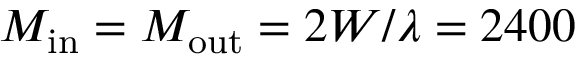
M _ { \mathrm { i n } } = M _ { \mathrm { o u t } } = 2 W / \lambda = 2 4 0 0